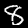
Digit: 8